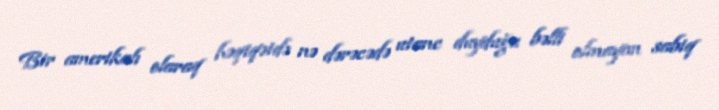
Bir amerikalı olaraq həqiqətdə nə dərəcədə utanc duyduğu bəlli olmayan sabiq